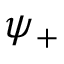
\psi _ { + }